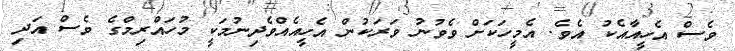
ވެސް އެހީއާއެކު އެވެ. އެމީހަކަށް ވެވުނު ވަރަކުން އެހީއެއްވެދިނުމަކީ މުހައްރިމްގެ ވެސް އަދި